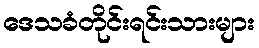
ဒေသခံတိုင်းရင်းသားများ